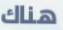
هناك